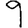
Digit: 9